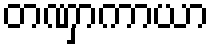
တဏှာကာယာ